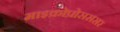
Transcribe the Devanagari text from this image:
माइक्रोप्रोसससर